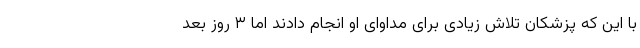
با این که پزشکان تلاش زیادی برای مداوای او انجام دادند اما ۳ روز بعد